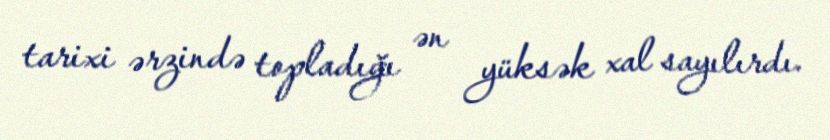
tarixi ərzində topladığı ən yüksək xal sayılırdı.